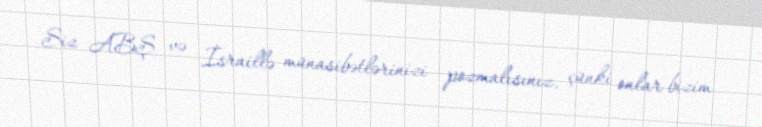
Siz ABŞ və İsraillə münasibətlərinizi pozmalısınız, çünki onlar bizim